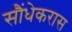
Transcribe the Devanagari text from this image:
सौंधेकरास